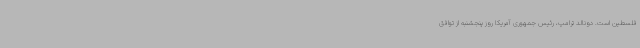
فلسطین است. دونالد ترامپ، رئیس جمهوری آمریکا روز پنجشنبه از توافق